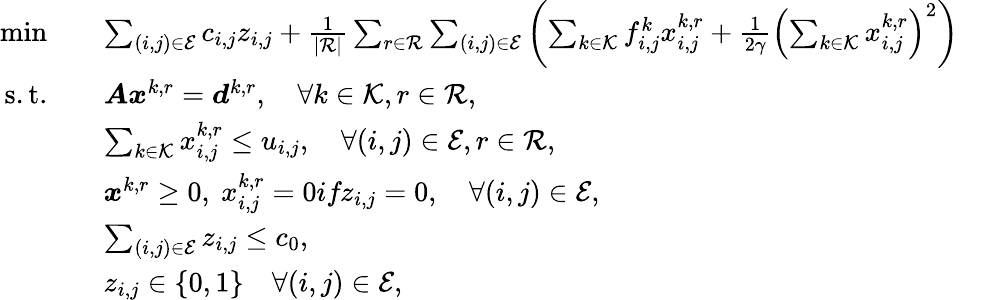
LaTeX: \begin{array}{rlr}{\operatorname*{min}\quad}&{\sum_{(i,j)\in\mathcal{E}}c_{i,j}z_{i,j}+\frac{1}{|\mathcal{R}|}\sum_{r\in\mathcal{R}}\sum_{(i,j)\in\mathcal{E}}\left(\sum_{k\in\mathcal{K}}f_{i,j}^{k}x_{i,j}^{k,r}+\frac{1}{2\gamma}\left(\sum_{k\in\mathcal{K}}x_{i,j}^{k,r}\right)^{2}\right)}&\\ {\mathrm{s.t.}\quad}&{\boldsymbol{A}\boldsymbol{x}^{k,r}=\boldsymbol{d}^{k,r},\quad\forall k\in\mathcal{K},r\in\mathcal{R},}\\ {\quad}&{\sum_{k\in\mathcal{K}}x_{i,j}^{k,r}\leq u_{i,j},\quad\forall(i,j)\in\mathcal{E},r\in\mathcal{R},}\\ &{\boldsymbol{x}^{k,r}\geq 0,\ x_{i,j}^{k,r}=0\textit{if}z_{i,j}=0,\quad\forall(i,j)\in\mathcal{E},}\\ {\quad}&{\sum_{(i,j)\in\mathcal{E}}z_{i,j}\leq c_{0},}\\ {\quad}&{z_{i,j}\in\{ 0,1\} \quad\forall(i,j)\in\mathcal{E},}\end{array}